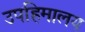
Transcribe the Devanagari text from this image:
उपहिमालय